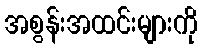
အစွန်းအထင်းများကို